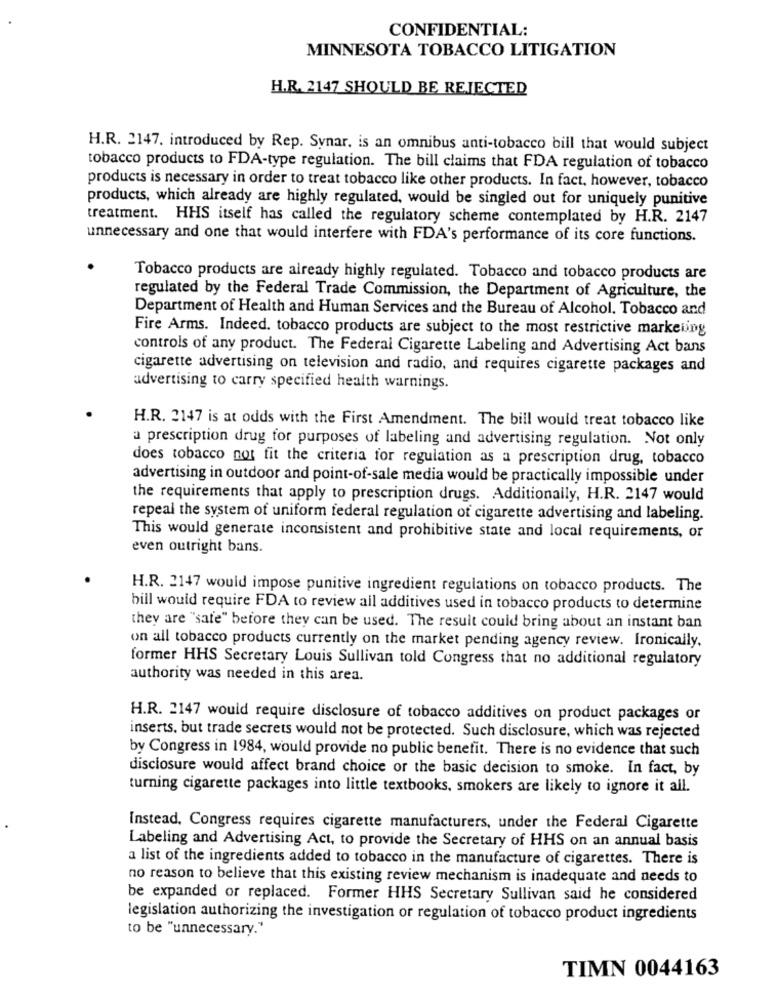
CONFIDENTIAL:
MINNESOTA TOBACCO LITIGATION
H.R. 2147 SHOULD BE REJECTED
H.R. 2147. introduced by Rep. Synar. is an omnibus anti-tobacco bill that would subject
tobacco products to FDA-type regulation. The bill claims that FDA regulation of tobacco
products is necessary in order to treat tobacco like other products. In fact, however, tobacco
products, which already are highly regulated, would be singled out for uniquely punitive
treatment. HHS itself has called the regulatory scheme contemplated by H.R. 2147
unnecessary and one that would interfere with FDA's performance of its core functions.
Tobacco products are already highly regulated. Tobacco and tobacco products are
regulated by the Federal Trade Commission, the Department of Agriculture, the
Department of Health and Human Services and the Bureau of Alcohol, Tobacco and
Fire Arms. Indeed. tobacco products are subject to the most restrictive marketing
controls of any product. The Federal Cigarette Labeling and Advertising Act bans
cigarette advertising on television and radio, and requires cigarette packages and
advertising to carry specified health warnings.
H.R. 2147 is at odds with the First Amendment. The bill would treat tobacco like
a prescription drug for purposes of labeling and advertising regulation. Not only
does tobacco not fit the criteria for regulation as a prescription drug, tobacco
advertising in outdoor and point-of-sale media would be practically impossible under
the requirements that apply to prescription drugs. Additionally, H.R. 2147 would
repeal the system of uniform federal regulation of cigarette advertising and labeling.
This would generate inconsistent and prohibitive state and local requirements, or
even outright bans.
H.R. 2147 would impose punitive ingredient regulations on tobacco products. The
bill would require FDA to review all additives used in tobacco products to determine
they are "safe" before they can be used. The result could bring about an instant ban
on all tobacco products currently on the market pending agency review. Ironically.
former HHS Secretary Louis Sullivan told Congress that no additional regulatory
authority was needed in this area.
H.R. 2147 would require disclosure of tobacco additives on product packages or
inserts, but trade secrets would not be protected. Such disclosure, which was rejected
by Congress in 1984, would provide no public benefit. There is no evidence that such
disclosure would affect brand choice or the basic decision to smoke. In fact, by
turning cigarette packages into little textbooks, smokers are likely to ignore it all.
Instead, Congress requires cigarette manufacturers, under the Federal Cigarette
Labeling and Advertising Act, to provide the Secretary of HHS on an annual basis
a list of the ingredients added to tobacco in the manufacture of cigarettes. There is
no reason to believe that this existing review mechanism is inadequate and needs to
be expanded or replaced. Former HHS Secretary Sullivan said he considered
legislation authorizing the investigation or regulation of tobacco product ingredients
to be "unnecessary."
TIMN 0044163